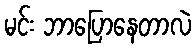
မင်း ဘာပြောနေတာလဲ